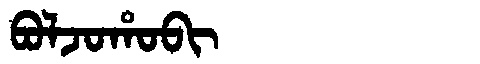
Manchu: ᠪᠣᠯᠵᠣᡥᠣᠪᡳ
Romanization: BOLJOHOBI